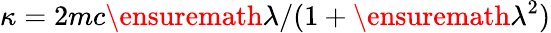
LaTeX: \kappa=2mc\ensuremath{\lambda}/(1+\ensuremath{\lambda}^{2})